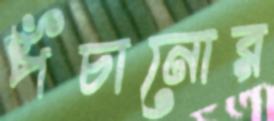
পঁচানোর